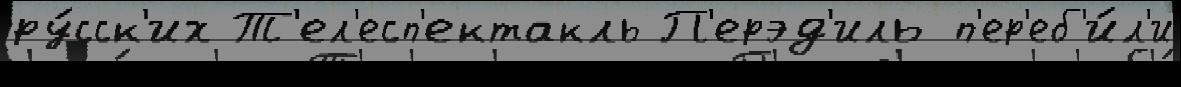
ру́сск'их Т'ел'есп'ектакль П'ерэд'иль п'ер'еб'и́л'и